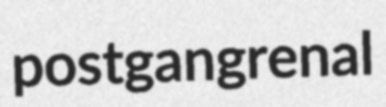
postgangrenal